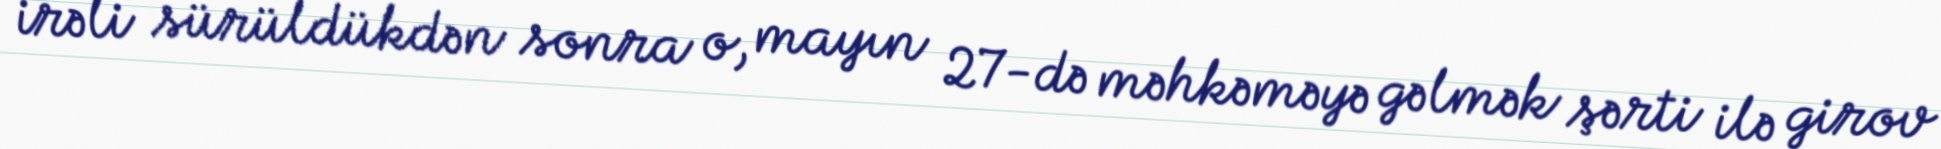
irəli sürüldükdən sonra o, mayın 27-də məhkəməyə gəlmək şərti ilə girov